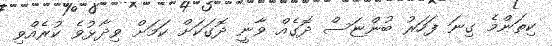
ކިތަންމެ ގިނަ ފަހަރު ބުންޏަސް ދޮގެއް ވާނީ ދޮގަކަށް ކަމަށް ވިދާޅުވެ ކުރެއްވި